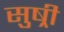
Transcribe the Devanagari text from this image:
सुष्री